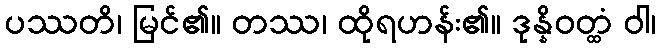
ပဿတိ၊ မြင်၏။ တဿ၊ ထိုရဟန်း၏။ ဒုန္နိဝတ္ထံ ဝါ၊